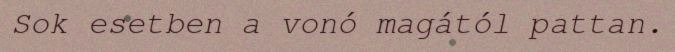
Sok esetben a vonó magától pattan.